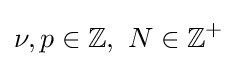
\nu ,p\in \mathbb {Z} ,\ N\in \mathbb {Z} ^{+}